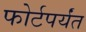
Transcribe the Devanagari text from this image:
फोर्टपर्यंत